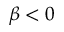
\beta < 0